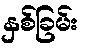
နှစ်ခြမ်း